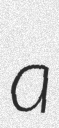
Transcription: a